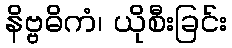
နိဗ္ဗဓိကံ၊ ယိုစီးခြင်း